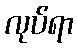
လုပ်ရာ